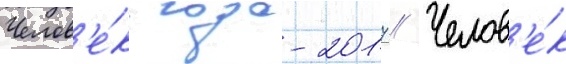
Челов'е́к года-2017 // Челов'е́к